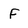
Character: F